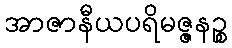
အာဇာနီယပရိမဇ္ဇနဉ္စ